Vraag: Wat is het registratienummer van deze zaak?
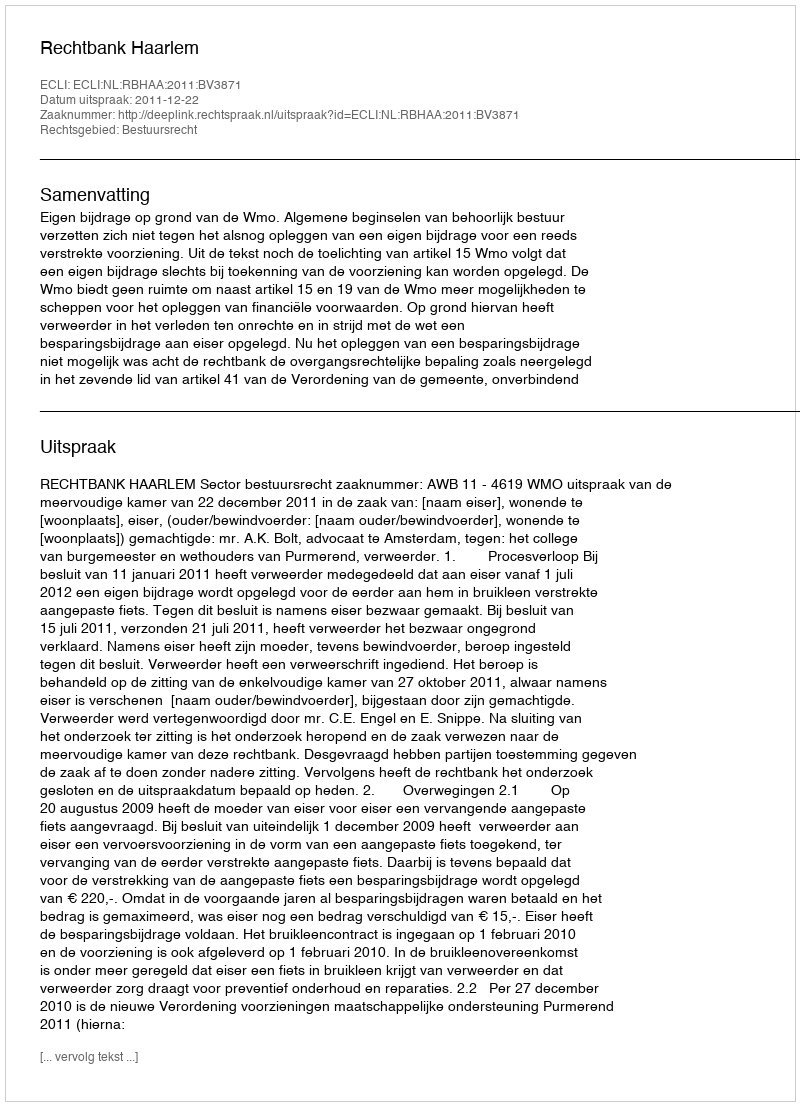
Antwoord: http://deeplink.rechtspraak.nl/uitspraak?id=ECLI:NL:RBHAA:2011:BV3871